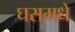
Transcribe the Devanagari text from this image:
घरामधे